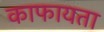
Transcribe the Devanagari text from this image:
काफायता